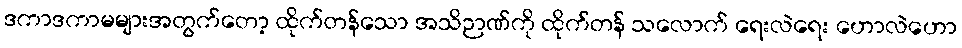
ဒကာဒကာမများအတွက်တော့ ထိုက်တန်သော အသိဉာဏ်ကို ထိုက်တန် သလောက် ရေးလဲရေး ဟောလဲဟော